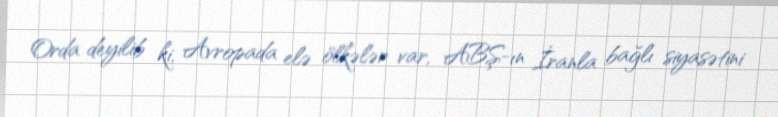
Orda deyilib ki, Avropada elə ölkələr var, ABŞ-ın İranla bağlı siyasətini